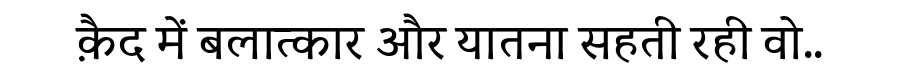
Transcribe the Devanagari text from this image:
क़ैद में बलात्कार और यातना सहती रही वो..